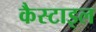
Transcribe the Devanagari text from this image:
कैस्टाइल